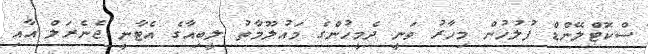
ސްކޮޓްލޭންޑް ފުލުހުން މިހާރު ވަނީ ދެމީހުންގެ މައުލޫމާތު ލީބިއާގެ އެޓާނީ ޖެނެރަލް އާއި